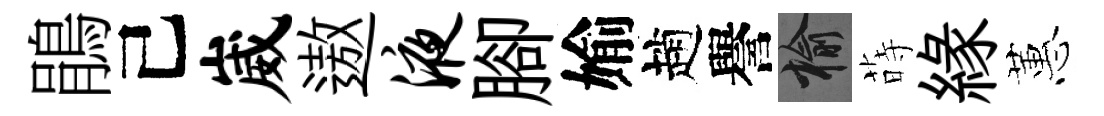
鵑己崴遨液腳媮趙譽榆蒔縁蕙